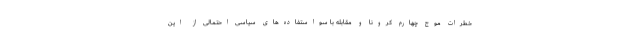
خطرات موج چهارم کرونا و مقابله با سواستفاده‌های سیاسی احتمالی از این